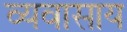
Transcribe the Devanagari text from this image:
व्यवासाय